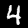
Label: 4